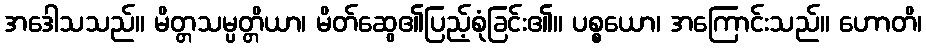
အဒေါသသည်။ မိတ္တသမ္ပတ္တိယာ၊ မိတ်ဆွေ၏ပြည့်စုံခြင်း၏။ ပစ္စယော၊ အကြောင်းသည်။ ဟောတိ၊